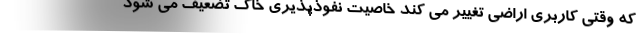
که وقتی کاربری اراضی تغییر می کند خاصیت نفوذپذیری خاک تضعیف می شود